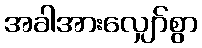
အခါအားလျှော်စွာ